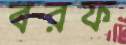
বরফ